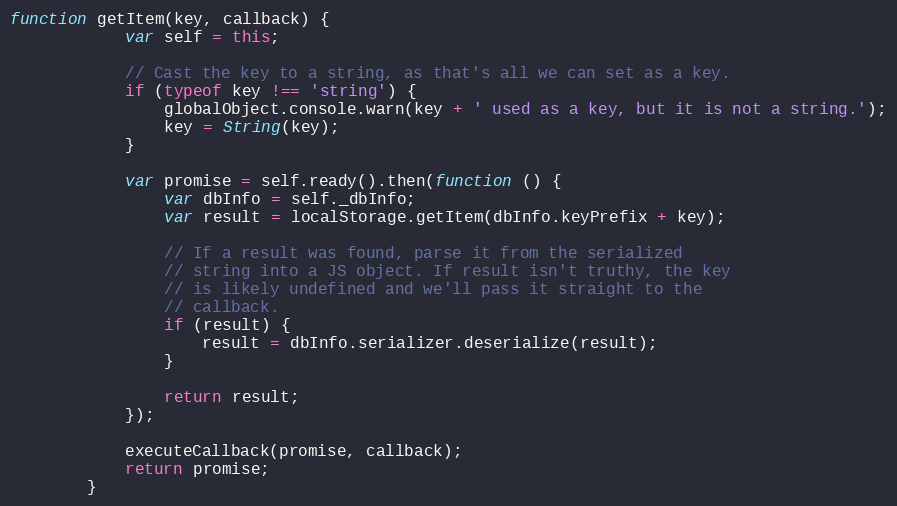
Language: JavaScript
function getItem(key, callback) {
	        var self = this;

	        // Cast the key to a string, as that's all we can set as a key.
	        if (typeof key !== 'string') {
	            globalObject.console.warn(key + ' used as a key, but it is not a string.');
	            key = String(key);
	        }

	        var promise = self.ready().then(function () {
	            var dbInfo = self._dbInfo;
	            var result = localStorage.getItem(dbInfo.keyPrefix + key);

	            // If a result was found, parse it from the serialized
	            // string into a JS object. If result isn't truthy, the key
	            // is likely undefined and we'll pass it straight to the
	            // callback.
	            if (result) {
	                result = dbInfo.serializer.deserialize(result);
	            }

	            return result;
	        });

	        executeCallback(promise, callback);
	        return promise;
	    }